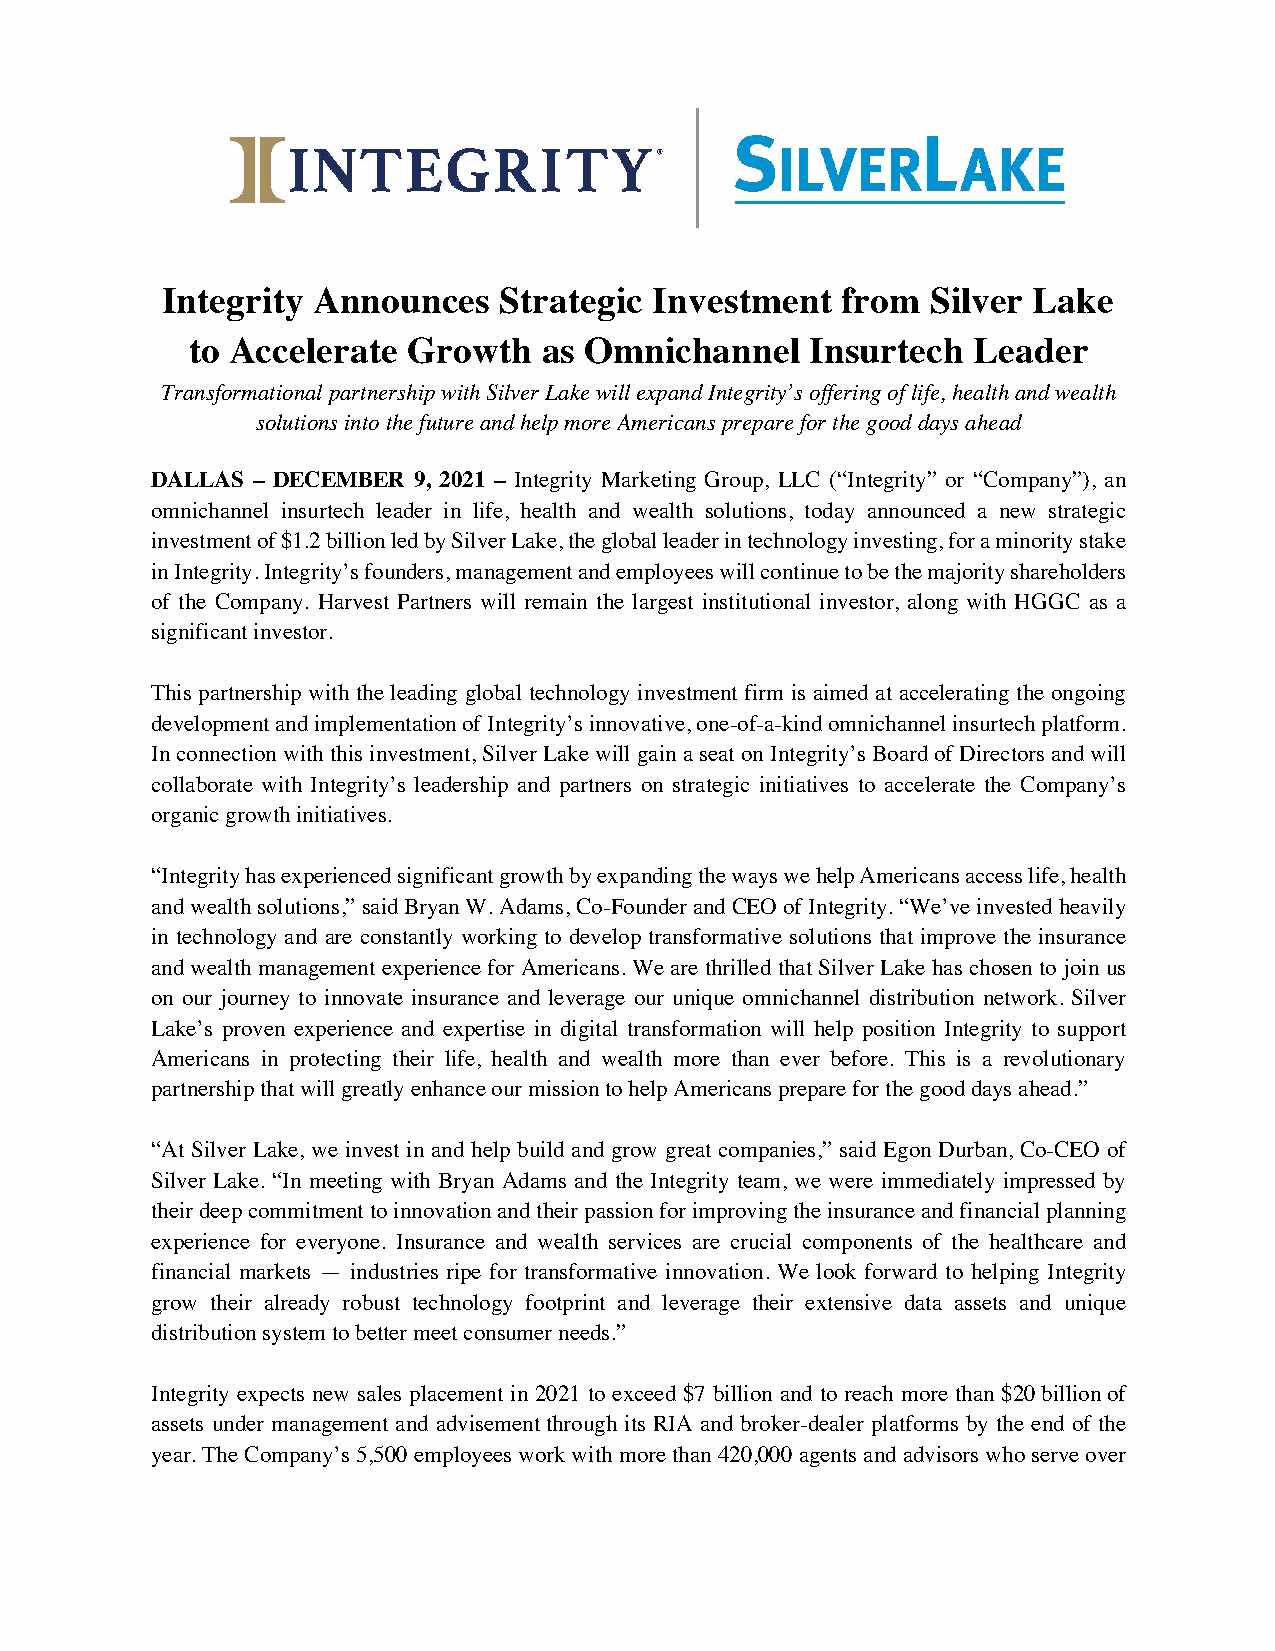
Integrity Announces   Strategic Investment   from  Silver Lake
 to Accelerate  Growth   as Omnichannel    Insurtech Leader
 Transformational partnership with Silver Lake will expand Integrity’s offering of life, health and wealth
 solutions into the future and help more Americans prepare for the good days ahead
 DALLAS – DECEMBER 9, 2021 – Integrity Marketing Group, LLC (“Integrity” or “Company”), an
 omnichannel insurtech leader in life, health and wealth solutions, today announced a new strategic
 investment of $1.2 billion led by Silver Lake, the global leader in technology investing, for a minority stake
 in Integrity. Integrity’s founders, management and employees will continue to be the majority shareholders
 of the Company. Harvest Partners will remain the largest institutional investor, along with HGGC as a
 significant investor.
 This partnership with the leading global technology investment firm is aimed at accelerating the ongoing
 development and implementation of Integrity’s innovative, one-of-a-kind omnichannel insurtech platform.
 In connection with this investment, Silver Lake will gain a seat on Integrity’s Board of Directors and will
 collaborate with Integrity’s leadership and partners on strategic initiatives to accelerate the Company’s
 organic growth initiatives.
 “Integrity has experienced significant growth by expanding the ways we help Americans access life, health
 and wealth solutions,” said Bryan W. Adams, Co-Founder and CEO of Integrity. “We’ve invested heavily
 in technology and are constantly working to develop transformative solutions that improve the insurance
 and wealth management experience for Americans. We are thrilled that Silver Lake has chosen to join us
 on our journey to innovate insurance and leverage our unique omnichannel distribution network. Silver
 Lake’s proven experience and expertise in digital transformation will help position Integrity to support
 Americans in protecting their life, health and wealth more than ever before. This is a revolutionary
 partnership that will greatly enhance our mission to help Americans prepare for the good days ahead.”
 “At Silver Lake, we invest in and help build and grow great companies,” said Egon Durban, Co-CEO of
 Silver Lake. “In meeting with Bryan Adams and the Integrity team, we were immediately impressed by
 their deep commitment to innovation and their passion for improving the insurance and financial planning
 experience for everyone. Insurance and wealth services are crucial components of the healthcare and
 financial markets — industries ripe for transformative innovation. We look forward to helping Integrity
 grow their already robust technology footprint and leverage their extensive data assets and unique
 distribution system to better meet consumer needs.”
 Integrity expects new sales placement in 2021 to exceed $7 billion and to reach more than $20 billion of
 assets under management and advisement through its RIA and broker-dealer platforms by the end of the
 year. The Company’s 5,500 employees work with more than 420,000 agents and advisors who serve over